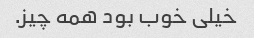
خیلی خوب بود همه چیز.